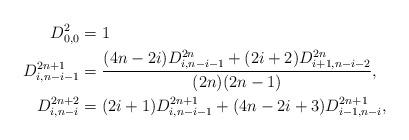
LaTeX: \begin{align*}D_{0,0}^2 &= 1\\D_{i,n-i-1}^{2n+1} &= \frac{(4n-2i)D_{i,n-i-1}^{2n}+(2i+2)D_{i+1,n-i-2}^{2n}}{(2n)(2n-1)},\\D_{i,n-i}^{2n+2} &=(2i+1)D_{i,n-i-1}^{2n+1}+(4n-2i+3)D_{i-1,n-i}^{2n+1},\end{align*}